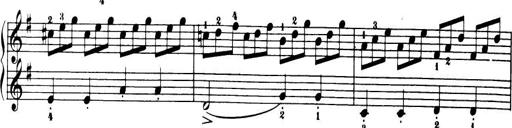
Title: 32 Sonatinas and Rondos for the Piano
Composer: Richard Kleinmichel